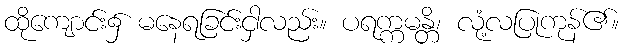
ထိုကျောင်း၌ မနေရခြင်းငှါလည်း။ ပရက္ကမန္တိ၊ လုံ့လပြုကုန်၏။